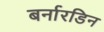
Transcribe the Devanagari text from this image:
बर्नारडिन